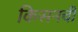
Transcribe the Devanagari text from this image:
किसनची